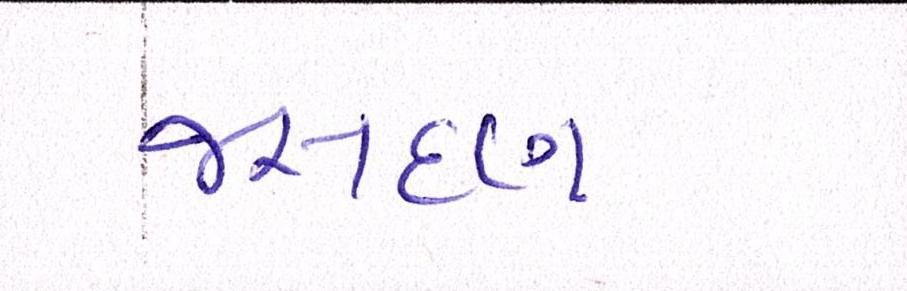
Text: જસદણ